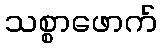
သစ္စာဖောက်